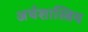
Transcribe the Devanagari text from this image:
अर्थशास्त्रिय